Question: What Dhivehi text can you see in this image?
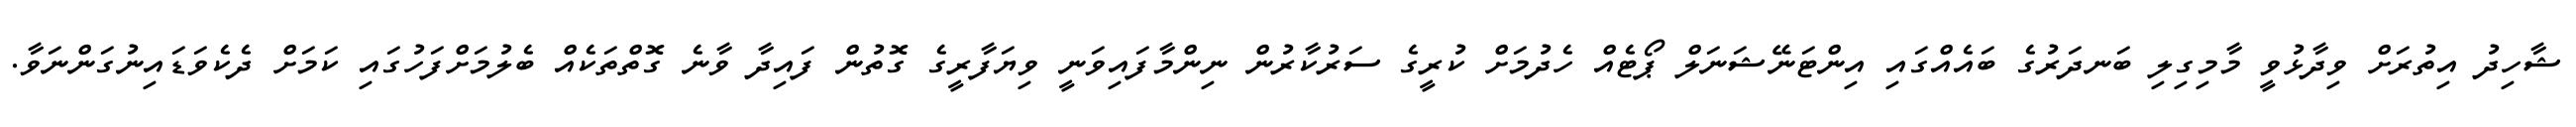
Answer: ޝާހިދު އިތުރަށް ވިދާޅުވީ މާމިގިލި ބަނދަރުގެ ބައެއްގައި އިންޓަނޭޝަނަލް ޕޯޓެއް ހެދުމަށް ކުރީގެ ސަރުކާރުން ނިންމާފައިވަނީ ވިޔަފާރީގެ ގޮތުން ފައިދާ ވާނެ ގޮތްތަކެއް ބެލުމަށްފަހުގައި ކަމަށް ދެކެވަޑައިނުގަންނަވާ.